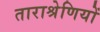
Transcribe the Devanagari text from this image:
ताराश्रेणियों